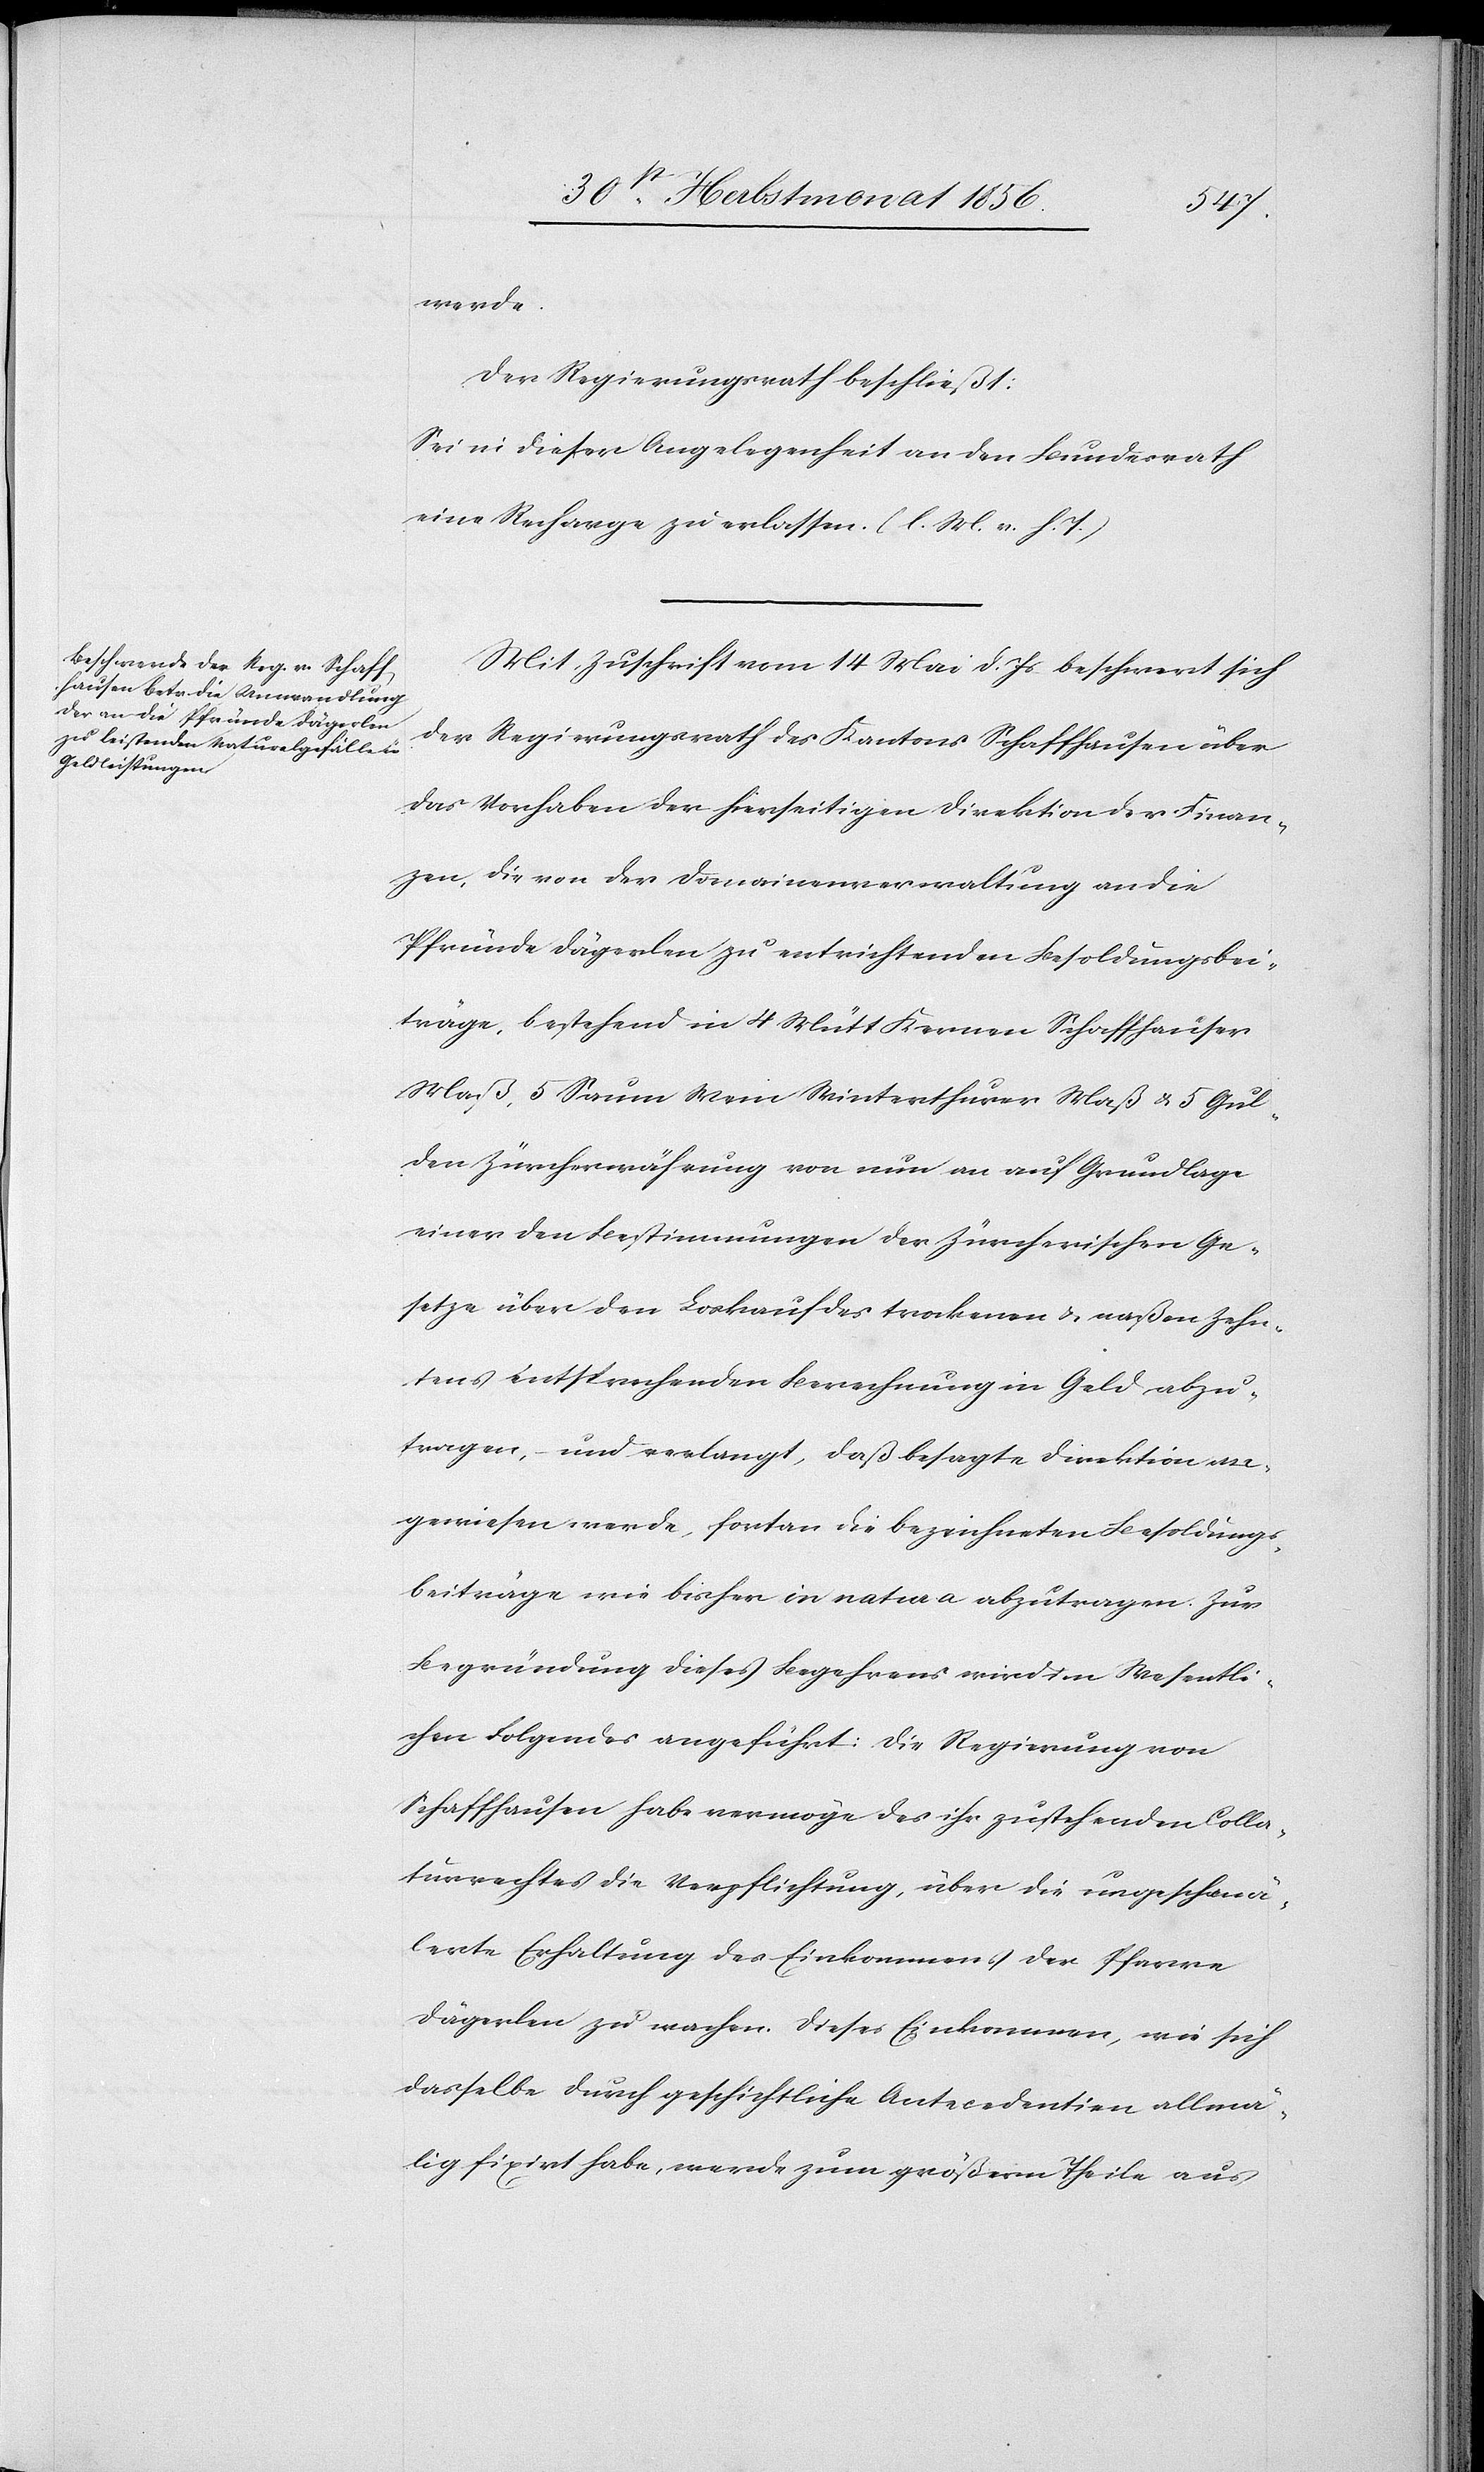
werde.
Der Regierungsrath beschließt:
Sei in dieser Angelegenheit an den Bundesrath
eine Recharge zu erlassen. (l. M. v. h. T.)
Mit Zuschrift vom 14 Mai d. Js beschwert sich
der Regierungsrath des Kantons Schaffhausen über
das Vorhaben der hierseitigen Direktion der Finan¬
zen, die von der Domainenverwaltung an die
Pfründe Dägerlen zu entrichtenden Besoldungsbei¬
träge, bestehend in 4 Mütt Kernen Schaffhauser
Maß, 5 Saum Wein Winterthurer Maß & 5 Gul¬
den Zürcherwährung von nun an auf Grundlage
einer den Bestimmungen der Zürcherischen Ge¬
setze über den Loskauf des trockenen & naßen Zehn¬
tens entsprechenden Berechnung in Geld abzu¬
tragen, – und verlangt, daß besagte Direktion an¬
gewiesen werde, fortan die bezeichneten Besoldungs¬
beiträge wie bisher in natura abzutragen. Zur
Begründung dieses Begehrens wird im Wesentli¬
chen Folgendes angeführt: Die Regierung von
Schaffhausen habe vermöge des ihr zustehenden Colla¬
turrechtes die Verpflichtung, über die ungeschmä¬
lerte Erhaltung des Einkommens der Pfarre
Dägerlen zu wachen. Dieses Einkommen, wie sich
dasselbe durch geschichtliche Antecedentien allmä¬
lig fixirt habe, werde zum größern Theile aus